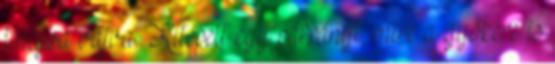
talajba vájva. Kitépett egy páfrányt, mire a gyökere is